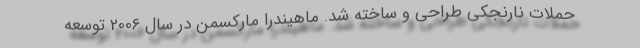
حملات نارنجکی طراحی و ساخته شد. ماهیندرا مارکسمن در سال 2006 توسعه